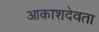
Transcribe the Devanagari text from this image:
आकाशदेवता